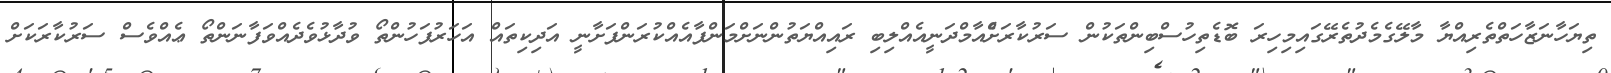
ތިޔަހާނަޒާހަތްތެރިއްޔާ މާލޭގެމެދުތެރޭގައިމިހިރަ ބޮޑެތިހުސްބިންތަކުން ސަރުކާރަށްެއާމްދަނީއެއްލިބި ރައިއްޔަތުންނަށްމަންފާއެއްކުރަންފަށާނީ އަދިކިތައް އަހަރުފަހުންތޯ ވުދާޅުވެދެއްވަފާނަންތޯ ޢެއްވެސް ސަރުކާރަކަށް